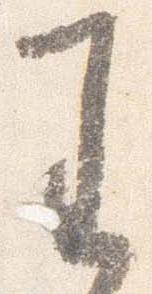
王